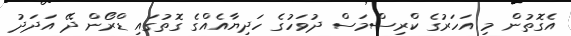
އެގޮތުން މި އަހަރުގެ ކްރިސްމަސް ދުވަހުގެ ހަދިޔާއެއްގެ ގޮތުގައި ޑްރޯން ދޭ އަަދަދު